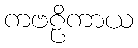
ကဗဠိကာယ